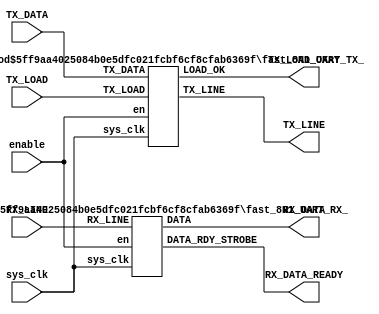
/*
    This is a single file UART that's easy to implement in
    portable project that don't need includes.

    Wrapper function or individual modules can be used.

    7/5/2023
*/


module uart_controller
#(
    parameter SYSCLK_FREQ = 24000000,
    parameter BAUDRATE = 500000,
    parameter BYTE_W = 8
)
(
    input enable,
    input sys_clk,

    // RX
    input wire RX_LINE,
    output wire [(BYTE_W - 1):0]RX_DATA,
    output wire RX_DATA_READY,


    // TX
    input wire [(BYTE_W - 1):0]TX_DATA,
    input wire TX_LOAD,
    output wire TX_LOAD_OKAY,
    output wire TX_LINE
);


    fast_8N1_UART_RX_
    #(
        .SYSCLK_F(SYSCLK_FREQ),
        .BAUDRATE(BAUDRATE)
    ) receiver__ (
        .sys_clk(sys_clk),
        .en(enable),
        .RX_LINE(RX_LINE),
        .DATA(RX_DATA),
        .DATA_RDY_STROBE(RX_DATA_READY)
    );


    fast_8N1_UART_TX_
    #(
        .SYSCLK_F(SYSCLK_FREQ),
        .BAUDRATE(BAUDRATE)
    ) transmitter__ (
        .sys_clk(sys_clk),
        .en(enable),
        .TX_LOAD(TX_LOAD),
        .TX_DATA(TX_DATA),
        .LOAD_OK(TX_LOAD_OKAY),
        .TX_LINE(TX_LINE)
    );
endmodule



///////////////////////////////////////////////////////////////////////////////
///////////////////////////////////////////////////////////////////////////////
///////////////////////////////////////////////////////////////////////////////
//      RX
///////////////////////////////////////////////////////////////////////////////
module fast_8N1_UART_RX_
#(
    parameter SYSCLK_F = 24000000,
    parameter BYTE_W = 8,
    parameter BAUDRATE = 500000
)
(
    input sys_clk,
    //input rst,
    input en,

    input RX_LINE,

    output reg [(BYTE_W - 1):0]DATA,

    output reg DATA_RDY_STROBE
);

    // Setup Clock Parameters
    localparam CYC_PER_BIT      = SYSCLK_F / BAUDRATE;      // cycles per bit
    localparam START_BIT_OFFSET = 3 * (CYC_PER_BIT / 2);       // cycles to delay fall -> 50%
    localparam CLK_CT_BITS      = $clog2(START_BIT_OFFSET);

    // General Constants
    localparam LINE_HI      = 2'b11;
    localparam LINE_LO      = 2'b00;
    localparam RISING_EDGE  = 2'b01;
    localparam FALLING_EDGE = 2'b10;

    localparam FRAME_SIZE   = 8;

    localparam DATA_RDY     = 1'b1;
    localparam DATA_NRDY    = 1'b0;

    // States
    localparam IDLE         = 2'h0;
    localparam STALL_0      = 2'h1;
    localparam READ_DATA    = 2'h2;
    localparam PUBLISH      = 2'h3;

    // Registers
    reg [1:0]oa_state;
    reg [1:0]edge_detect;
    reg [3:0]shift_counter;
    reg [(CLK_CT_BITS - 1):0]cycle_ctr;
    reg [(FRAME_SIZE - 1):0]uarx_shift;

    initial begin
        oa_state        = IDLE;
        edge_detect     = LINE_LO;
        shift_counter   = 4'h0;
        cycle_ctr       = {(CLK_CT_BITS){1'b0}};
        uarx_shift      = {(FRAME_SIZE){1'b0}};
        DATA            = {(BYTE_W){1'b0}};

        DATA_RDY_STROBE = DATA_NRDY;
    end

    always @ (posedge sys_clk) begin
        case (oa_state)
            // 0: Wait for falling start
            IDLE: begin
                DATA_RDY_STROBE <= DATA_NRDY;
                if(en) begin
                    edge_detect     <= {edge_detect[0], RX_LINE};
                    
                    if(edge_detect == FALLING_EDGE) begin
                        oa_state    <= STALL_0;
                        cycle_ctr   <= {(CLK_CT_BITS){1'b0}};
                        shift_counter <= 4'h0;
                    end
                end
            end

            // 1: Stall and skip start bit
            STALL_0: begin
                if(cycle_ctr == START_BIT_OFFSET)begin
                    cycle_ctr   <= CYC_PER_BIT;
                    oa_state    <= READ_DATA;
                end
                else cycle_ctr  <= cycle_ctr + 1;
            end

            // 2: Read Data.. pretty much sums it up
            READ_DATA: begin
                if(cycle_ctr == CYC_PER_BIT) begin
                    cycle_ctr   <= {(CLK_CT_BITS){1'b0}};
                    uarx_shift  <= {RX_LINE, uarx_shift [(FRAME_SIZE - 1):1]};
                    shift_counter   <= shift_counter + 1;
                end
                else cycle_ctr  <= cycle_ctr + 1;

                if(shift_counter == FRAME_SIZE) begin
                    oa_state    <= PUBLISH;
                end
            end

            // 3: Publish data to system with the standard
            //  single cycle DATA READY strobe
            PUBLISH: begin
                DATA            <= uarx_shift[7:0];
                DATA_RDY_STROBE <= DATA_RDY;
                oa_state        <= IDLE;
            end
        endcase
    end
endmodule







///////////////////////////////////////////////////////////////////////////////
///////////////////////////////////////////////////////////////////////////////
///////////////////////////////////////////////////////////////////////////////
//      TX
///////////////////////////////////////////////////////////////////////////////
module fast_8N1_UART_TX_
#(
    parameter SYSCLK_F = 24000000,
    parameter BYTE_W = 8,
    parameter BAUDRATE = 500000
)
(
    input sys_clk,
    //input rst,
    input en,

    input TX_LOAD,
    input [(BYTE_W - 1):0]TX_DATA,

    output reg LOAD_OK,

    output reg TX_LINE
);

    // Setup Clock Parameters
    localparam CYC_PER_BIT      = SYSCLK_F / BAUDRATE;      // cycles per bit
    localparam CLK_CT_BITS      = $clog2(CYC_PER_BIT);


    // States
    localparam IDLE     = 2'h0;
    localparam TX_GO    = 2'h1;
    localparam CLEANUP  = 3'h3;

    // General Constants
    localparam FRAME_SIZE = BYTE_W + 2;

    reg [1:0]oa_state;
    reg [(FRAME_SIZE - 1):0]uatx_shift;
    reg [(CLK_CT_BITS - 1):0]cycle_ctr;

    initial begin
        oa_state    = IDLE;
        uatx_shift  = {(FRAME_SIZE){1'b0}};
        cycle_ctr   = {CLK_CT_BITS{1'b0}};
        TX_LINE     = 0;
        LOAD_OK     = 0;
        $display(CYC_PER_BIT);
        $display(CLK_CT_BITS);
    end


    always @ (posedge sys_clk) begin
        case (oa_state)
            // 0. Idle...
            IDLE: begin
                if(en && TX_LOAD) begin
                    // Assemble LSBit first frame
                    uatx_shift  <= {1'b1, TX_DATA[7:0], 1'b0};
                    cycle_ctr   <= (CYC_PER_BIT - 1);
                    oa_state    <= TX_GO;
                    LOAD_OK     <= 1'b0;
                end else begin
                    LOAD_OK     <= 1'b1;
                    TX_LINE     <= 1'b1;
                end
            end

            // 1. Transmit bits
            TX_GO: begin
                if(uatx_shift) begin
                    if(cycle_ctr == (CYC_PER_BIT - 1)) begin
                        TX_LINE     <= uatx_shift[0];
                        uatx_shift  <= uatx_shift >> 1;
                        cycle_ctr   <= {(CLK_CT_BITS){1'b0}};
                    end else cycle_ctr  <= cycle_ctr + 1;
                end else oa_state <= IDLE;
            end
        endcase
    end
endmodule